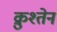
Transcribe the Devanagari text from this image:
क्रुश्तेन